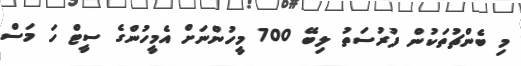
މި ބެންޗުތަކުން ފުރުސަތު ލިބޭ 700 މީހުންނަށް އެމީހުންގެ ސީޓް ހަ މަސް